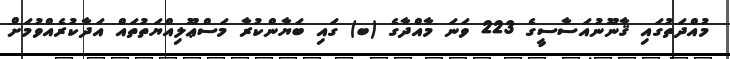
މުއްދަތުގައި ޤާނޫނުއަސާސީގެ 223 ވަނަ މާއްދާގެ (ބ) ގައި ބަޔާންކުރާ މަސްޢޫލިއްޔަތުތައް އަދާކުރެއްވުމަށް